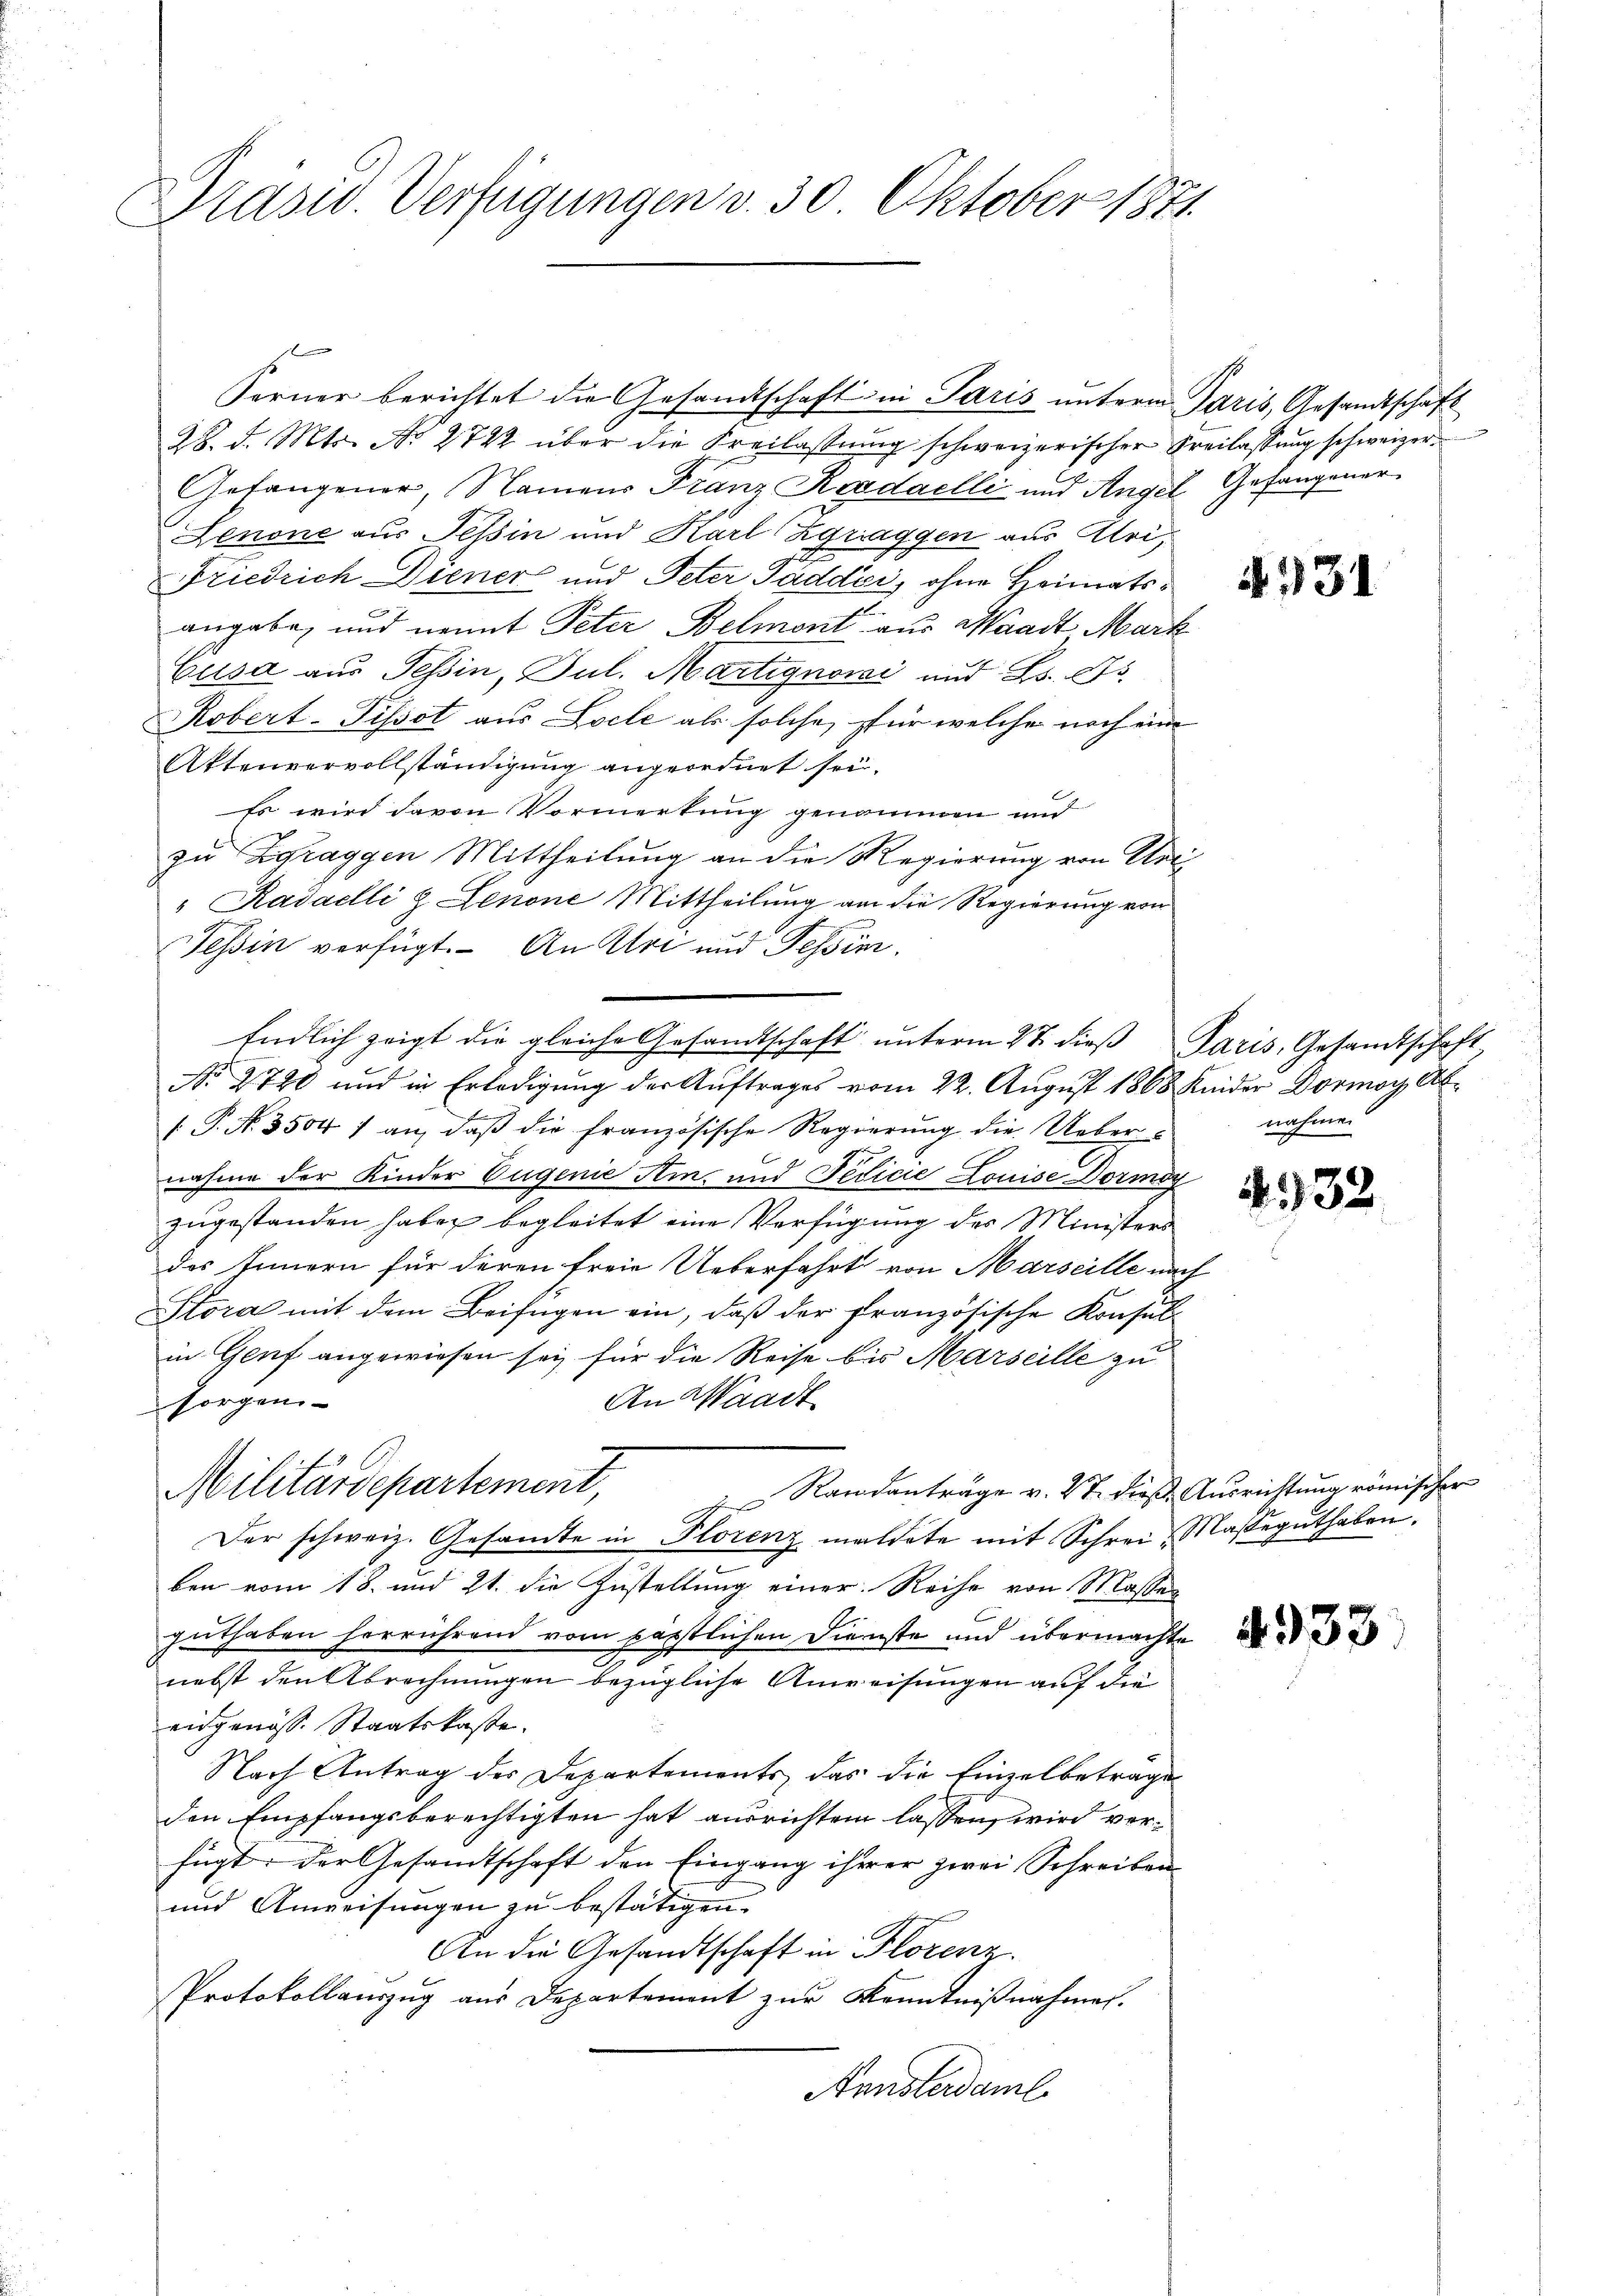
Präsid. Verfügungen v. 30 Oktober 1871.

28. d. Mts. No 2722 über die Freilassung schweizerischer Freilassung schweizer
Gefangener, Namens Franz Roadaelli und Angel Gefangener
Zenone aus Tessin und Karl Zgraggen aus Uri,
Friedrich Diener und Peter Gaddii, ohne Heimatse
angabe, und nennt Peter Belmont aus Waadt Mark
Cusa aus Tessin, Jul. Martignori und Bs. 275.
Robert-Pissot aus Zoele als solche, für welche noch eine
Aktenvervollständigung angeordnet sei.
Es wird davon Vormerkung genommen und
zu Zgraggen Mittheilung an die Regierung von Urt
" Radaelli & Lenone Mittheilung am die Regierung von
Tessin verfügt. – An Art und Tessin.
Endlich zeigt die gleiche Gesandtschaft ŭnterm 27. dieβ Paris, Gesandtschaft
No. 2790 und in Erledigung der Auftrages vom 22. August 1868 Knider Dormoy Ab-
 P. Nr. 3504 1 an, daβ die französische Regierŭng die Uebernahme der Kinder Eugenie Am. und Fedicie Louise Dormoy
zugestanden haben begleitet eine Verfügung der Ministers
des Innern für deren freie Ueberfahrt von Marseille nach
Stora mit dem Beifügen ein, daß der französische Konsulin Genf angewiesen sei für die Reise bis Marseille zu
An Waadt
sorgen
Militärdepartement,
 Randanträge v. 27. dieß Ausrichtung römischer
Der schweiz. Gesandte in Plorenz meldete mit Schrei- Masseguthaben.
ben vom 18. und 21. die Zustellung einer Reihe von Masser
guthaben herrührend vom päpstlichen Dienste und übermachte
nebst den Abrechnungen bezügliche Anweisungen auf die
eidgenöss. Staatskaste.
Nach Antrag des Departements, das die Einzelbetrage
den Empfangsberechtigten hat ausrichten lassen, wird verfügt der Gesandtschaft den Eingang ihrer zwei Schreiben
und Anweisungen zu bestätigen.
An die Gesandtschaft in Florenz
Protokollauszug aus Departement zur Kenntnißnahmen.
Kunsterdaml

Forner berichtet die Gesandtschaft in Paris unterm Paris, Gesandtschaft

4731

nahme

4932

. 933